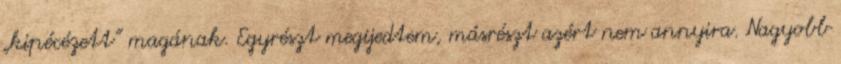
„kipécézett” magának. Egyrészt megijedtem, más­részt azért nem annyira. Nagyobb